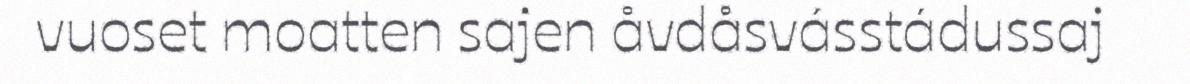
vuoset moatten sajen åvdåsvásstádussaj